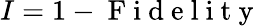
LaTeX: I=1-\mathrm{~F~i~d~e~l~i~t~y~}